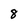
Character: 8